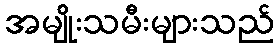
အမျိုးသမီးများသည်